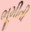
ભૂમીતી